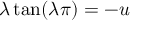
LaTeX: \lambda \tan ( \lambda \pi ) = - u